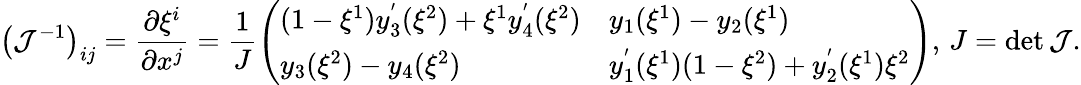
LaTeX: \left(\mathcal{J}^{-1}\right)_{ij}=\frac{\partial\xi^{i}}{\partial x^{j}}=\frac{1}{J}\left(\begin{array}{ll}{(1-\xi^{1})y_{3}^{'}(\xi^{2})+\xi^{1}y_{4}^{'}(\xi^{2})}&{y_{1}(\xi^{1})-y_{2}(\xi^{1})}\\ {y_{3}(\xi^{2})-y_{4}(\xi^{2})}&{y_{1}^{'}(\xi^{1})(1-\xi^{2})+y_{2}^{'}(\xi^{1})\xi^{2}}\end{array}\right),\, J=\operatorname*{det}\mathcal{J}.